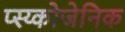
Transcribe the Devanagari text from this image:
प्स्य्कोजेनिक